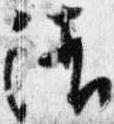
清